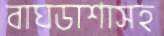
বাঘডাশাসহ